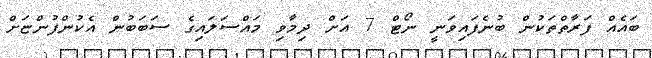
ބައެއް ފަރާތްތަކުން ބުނެފައިވަނީ ނޯޓް 7 އަށް ދިމާވި މައްސަލައިގެ ސަބަބުން އެކުންފުންޏަށް